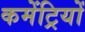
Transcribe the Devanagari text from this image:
कमेंट्रियों